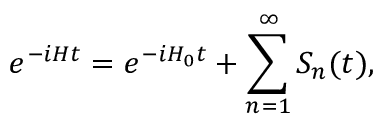
e ^ { - i H t } = e ^ { - i H _ { 0 } t } + \sum _ { n = 1 } ^ { \infty } S _ { n } ( t ) ,